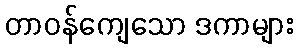
တာဝန်ကျေသော ဒကာများ